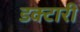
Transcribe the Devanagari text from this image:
डक्टारी